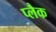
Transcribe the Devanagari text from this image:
प्लैक